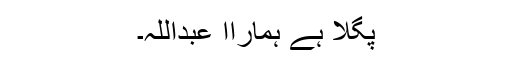
پگلا ہے ہماراا عبداللہ۔